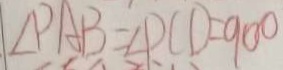
\angle P A B = \angle P C D = 9 0 0